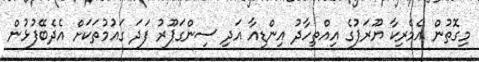
މިގޮތުން އެމެރިކާ ޔޫރަޕުގެ އިއްތިހާދު އިންޑިއާ އަދި ސިންގަޕޫރު ފަދަ ގައުމުތަކަށް އެދެބޭފުޅުން